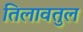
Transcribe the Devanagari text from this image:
तिलावतुल